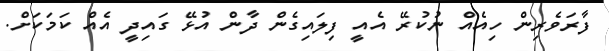
ފާރަވެރިން ހިއެއް ނުކުރޭ އެއީ ފިލައިގެން ދާން އުޅޭ ގައިދީ އެއް ކަމަކަށް.